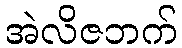
အဲလိဇဘက်